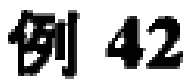
例 42